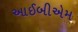
આઈબીએમ